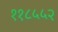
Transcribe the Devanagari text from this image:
११८५५२